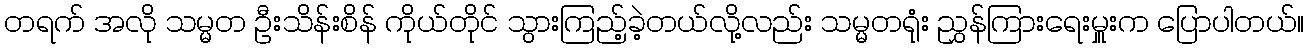
တရက် အလို သမ္မတ ဦးသိန်းစိန် ကိုယ်တိုင် သွားကြည့်ခဲ့တယ်လို့လည်း သမ္မတရုံး ညွှန်ကြားရေးမှူးက ပြောပါတယ်။